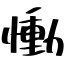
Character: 慟